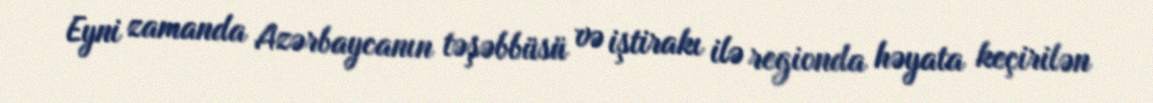
Eyni zamanda Azərbaycanın təşəbbüsü və iştirakı ilə regionda həyata keçirilən